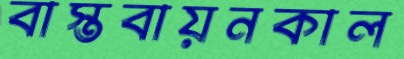
বাস্তবায়নকাল